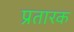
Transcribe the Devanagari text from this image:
प्रतारक